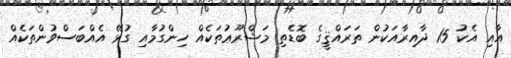
އާއި އެކު 15 ދާއިރާއަކުން ތަރައްޤީގެ ބޮޑެތި މަޝްރޫޢުތަކެއް ހިންގުމާއި ގުޅޭ އެއްބަސްވުންތަކެއް